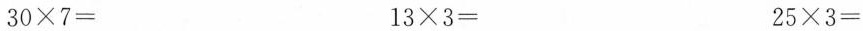
$$30\times7 =$$ $$13\times3=$$